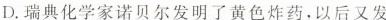
D.瑞典化学家诺贝尔发明了黄色炸药，以后又发